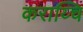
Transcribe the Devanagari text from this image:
कराय्चि